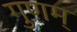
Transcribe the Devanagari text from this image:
गुणम्